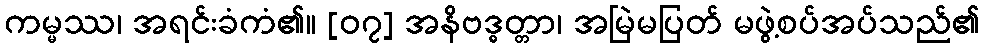
ကမ္မဿ၊ အရင်းခံကံ၏။ [၀၇] အနိဗဒ္ဓတ္တာ၊ အမြဲမပြတ် မဖွဲ့စပ်အပ်သည်၏